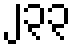
၂၃၃